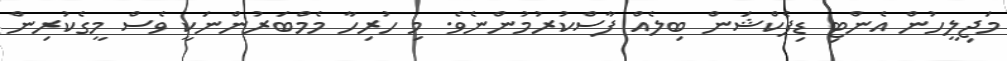
މަޖިލީހުން އެންޓި ޑިފެކްޝަން ބިލެއް ފާސްކުރުމުންނެވެ. މި ހުރިހާ މެމްބަރުންނަކީ ވެސް މީގެކުރިން